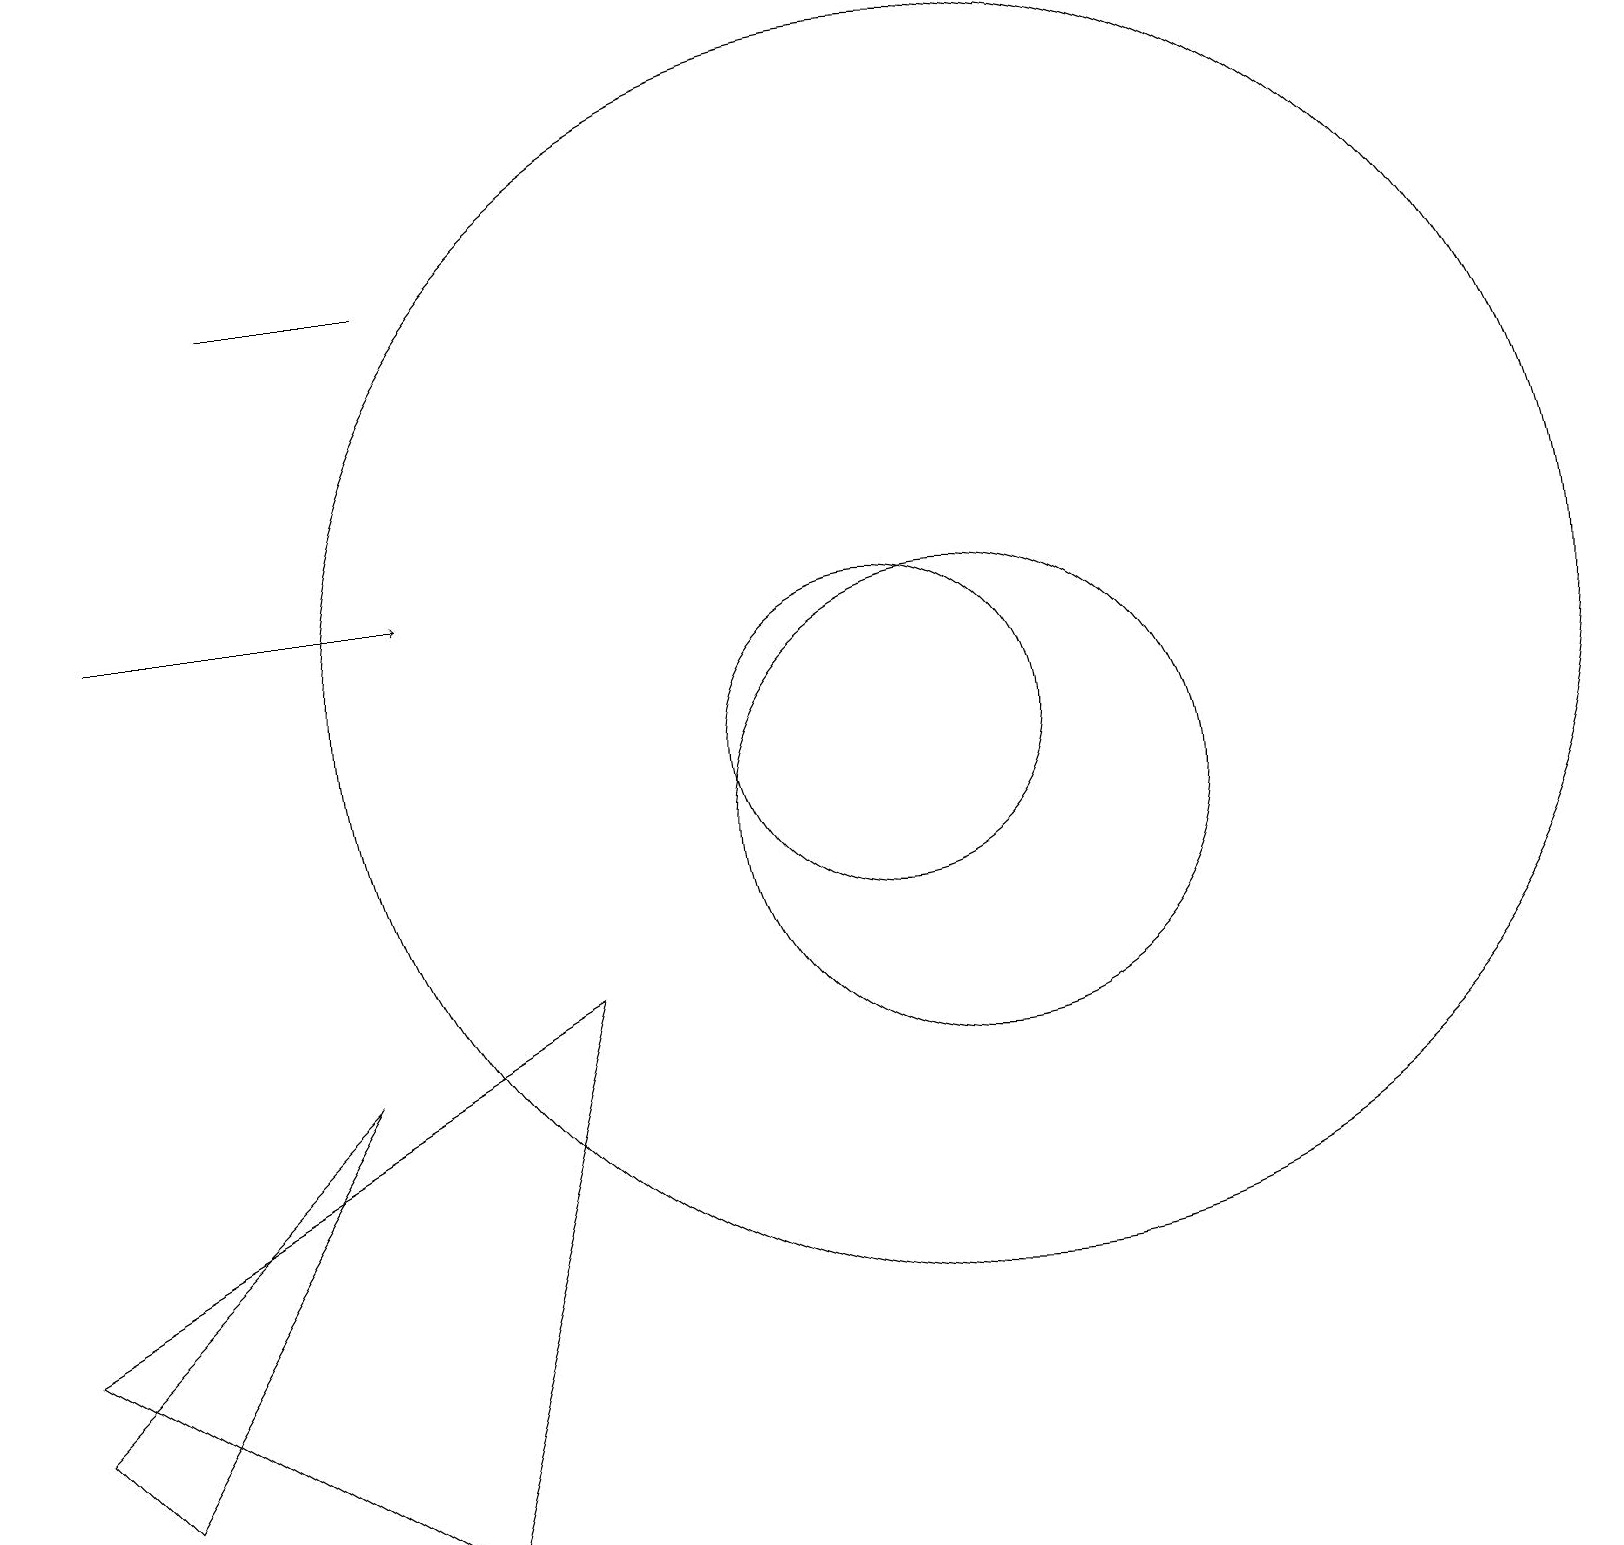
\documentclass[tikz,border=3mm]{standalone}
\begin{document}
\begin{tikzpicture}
\draw (12,10) circle (3);
\draw (7,8) -- (0,4) -- (5,1) -- cycle;
\draw (10,10) circle (0);
\draw (4,7) -- (0,3) -- (1,2) -- cycle;
\draw (11,11) circle (2);
\draw (3,17) rectangle (5,17);
\draw (12,12) circle (8);
\draw[->] (1,13) -- (5,13);
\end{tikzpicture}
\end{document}